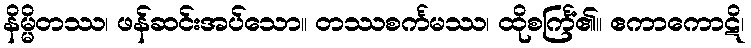
နိမ္မိတဿ၊ ဖန်ဆင်းအပ်သော။ တဿစင်္ကမဿ၊ ထိုစင်္ကြံ၏။ ဧကာကောဋိ၊